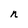
Character: n